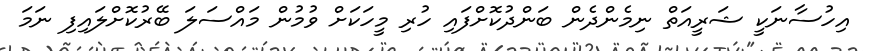
އިހުސާނަކީ ޝަރީއަތް ނިމެންދެން ބަންދުކޮށްފައި ހުރި މީހަކަށް ވުމުން މައްސަލަ ބޭރުކޮށްލައިފި ނަމަ